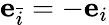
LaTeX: \mathbf{e}_{\bar{i}}=-\mathbf{e}_{i}